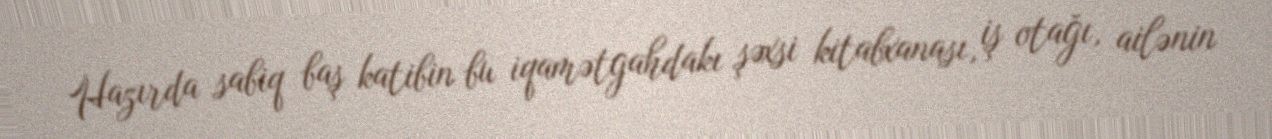
Hazırda sabiq baş katibin bu iqamətgahdakı şəxsi kitabxanası, iş otağı, ailənin